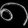
Digit: ၈